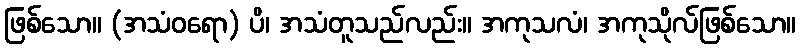
ဖြစ်သော။ (အသံဝရော) ပိ၊ အသံတူသည်လည်း။ အကုသလံ၊ အကုသိုလ်ဖြစ်သော။